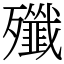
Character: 殲